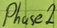
Text: Phase2